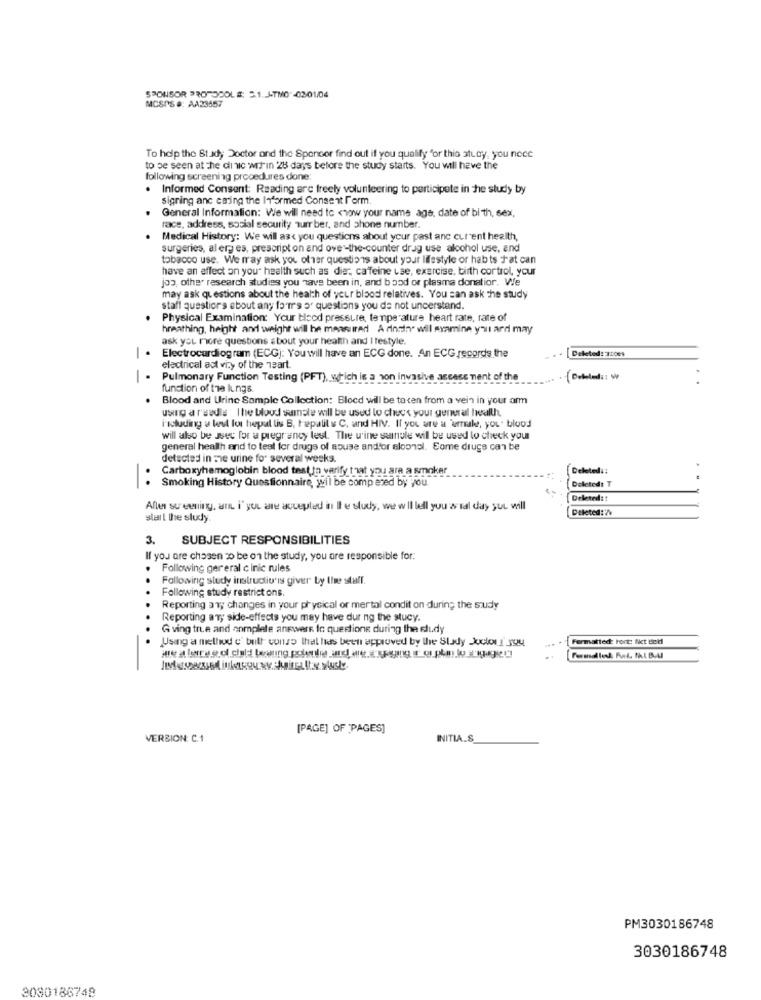
SPONSOR PROTOCOLS: 5.1. J-TMO -03-01/04
MCSPS #: AA23557
To help the Study Doctor and the Sponsor find out if you qualify for this study, you nece
to be seen at the dii wc wis'in 28 days before the study starts. You will have the
following screening procedures done:
. Informed Consent: Reading arc freely volunteering to participate in the study by
signing anc caing the Informed Consent Form.
General Information: We wil need to <wow your name age, date of birth, sex,
race, address, social security surr ber, and phone number.
Medical History: We will ask you questions about your past anc current health,
surgeries, al erg es, prescript on and over-the-counter drug use alcohol use, and
tobacco use. We rray ask you offer questions about your lifestyle or hab ts fat can
have an effect on you" health such as die: cafeine use, exercise, birth control, your
jos, other research studies you have been in, and bood or plasma donatior. We
may ask questions about the health of your blood relatives. You can ask the study
staff questions about any forr's o' questions you de not understand.
Physical Examination: Your blood pressure, temperature heart rate, rate of
breathing, height and weight will be measured A dindin" will examine y'nı ard may
ask you more questions about your health and I testyle.
Electrocardiogram (ECG): You will have an ECG done. An ECG records the
Deleted: 12009
-
electrical act vi:y of the heart.
Pulmonary Function Testing (PFT), which is a son invasive arcace ment of the
function of the lungs
.
Blood and Urine Sample Collection: Blocd will be to cen from a vein in your arm
using a reeds The blood sample will be used to check your general health.
i'scluding & lens los hepal lis B, Pepalit & C. and HIV. If you are a "rake, you' blood
will also be Jsec for a pregrancy lest. The u'ine sainule will be used to check your
general health and to test for drugs of souse and'or aloonsl. Some drugs can be
detected in mie urine for several weeks.
Carboxyhemoglobin blood test in verify that you are a smoker
Smoking History Questionnaire, wil be comp ered by you.
Deleted: T
-
Deleted :!
Aller sur eening, and i' you are accepted in Il e study, we will tell you a tal day yut will
Deleted:'/
start the study
3. SUBJECT RESPONSIBILITIES
If you are chosen to be on the study, you are responsible for.
Following ger eral cinic rules
Following study instructiv'is giver by the staff.
..
Following study restrict ons.
Reporting av; changes in your physical or mertal condit on during the study
Reporting ar; side-effects you may have dur ng the stucy.
G ving true and complete answers to questione during the eludy
..
Using a method e' bult conso that has been approved by the Study Juclor!' you
Formatted: Font: fict Hold
Fundles Mal, MAL. B.AI
[PAGE] OF PAGES]
VERSION: C.1
INITIA.S
PM3030186748
3030186748
3080186748